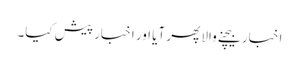
اخبار بیچنے والا پھر آیا اور اخبار پیش کیا۔